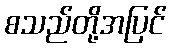
စသည်တို့အပြင်